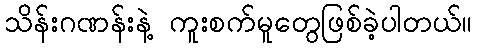
သိန်းဂဏန်းနဲ့ ကူးစက်မူတွေဖြစ်ခဲ့ပါတယ်။